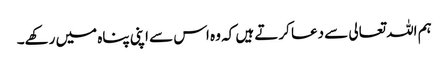
ہم اللہ تعالی سے دعا کرتے ہیں کہ وہ اس سے اپنی پناہ میں رکھے۔